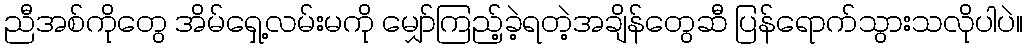
ညီအစ်ကိုတွေ အိမ်ရှေ့လမ်းမကို မျှော်ကြည့်ခဲ့ရတဲ့အချိန်တွေဆီ ပြန်ရောက်သွားသလိုပါပဲ။